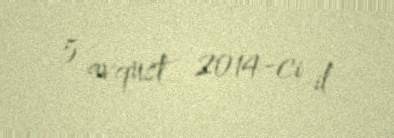
5 avqust 2014-ci il